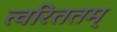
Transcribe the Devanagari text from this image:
त्वरिततम्